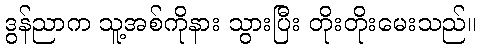
ဒွန်ညာက သူ့အစ်ကိုနား သွားပြီး တိုးတိုးမေးသည်။